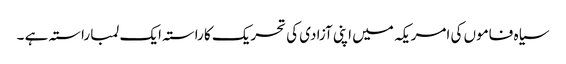
سیاہ فاموں کی امریکہ میں اپنی آزادی کی تحریک کا راستہ ایک لمبا راستہ ہے ۔